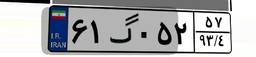
۳۰گ۲۰۴۳۶